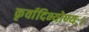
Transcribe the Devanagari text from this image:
कृर्वादिभ्योण्यः।